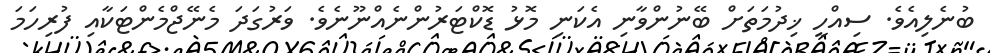
ބުނެލިއެވެ. ސިއްހީ ޚިދުމަތަށް ބޭނުންވާނި އެކަނި މޮޅު ޑޮކްޓަރުންނެއްނޫނެވެ. ވަރުގަދަ މެނޭޖްމެންޓަކާއި ފުރިހަމަ